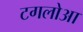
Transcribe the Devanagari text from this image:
टगलोआ